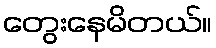
တွေးနေမိတယ်။